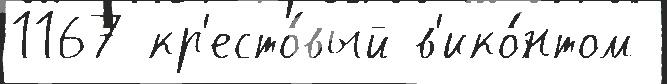
1167 кр'есто́вый в'ико́нтом